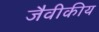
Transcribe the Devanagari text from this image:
जैवीकीय